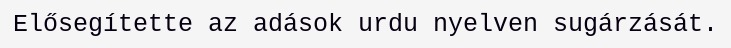
Elősegítette az adások urdu nyelven sugárzását.